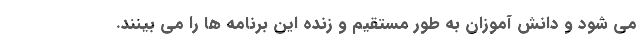
می شود و دانش آموزان به طور مستقیم و زنده این برنامه ها را می بینند.